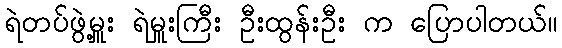
ရဲတပ်ဖွဲ့မှူး ရဲမှူးကြီး ဦးထွန်းဦး က ပြောပါတယ်။